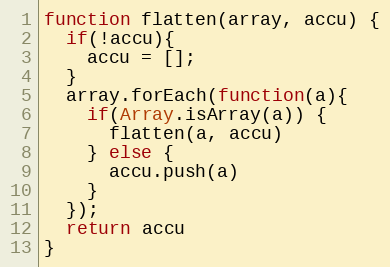
Language: JavaScript
function flatten(array, accu) {
  if(!accu){
    accu = [];
  }
  array.forEach(function(a){
    if(Array.isArray(a)) {
      flatten(a, accu)
    } else {
      accu.push(a)
    }
  });
  return accu
}